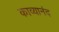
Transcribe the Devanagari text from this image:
काव्यानंद